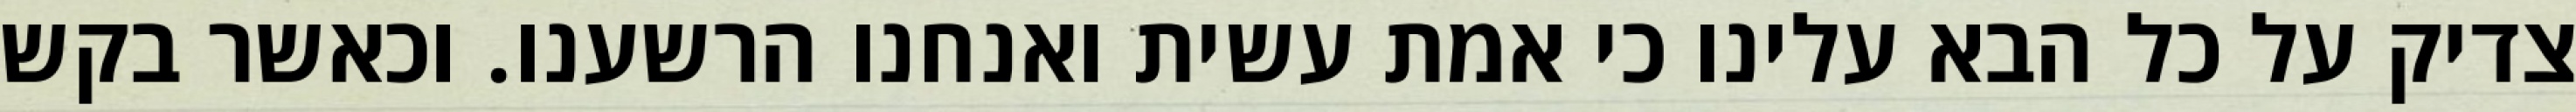
צדיק על כל הבא עלינו כי אמת עשית ואנחנו הרשענו. וכאשר בקש